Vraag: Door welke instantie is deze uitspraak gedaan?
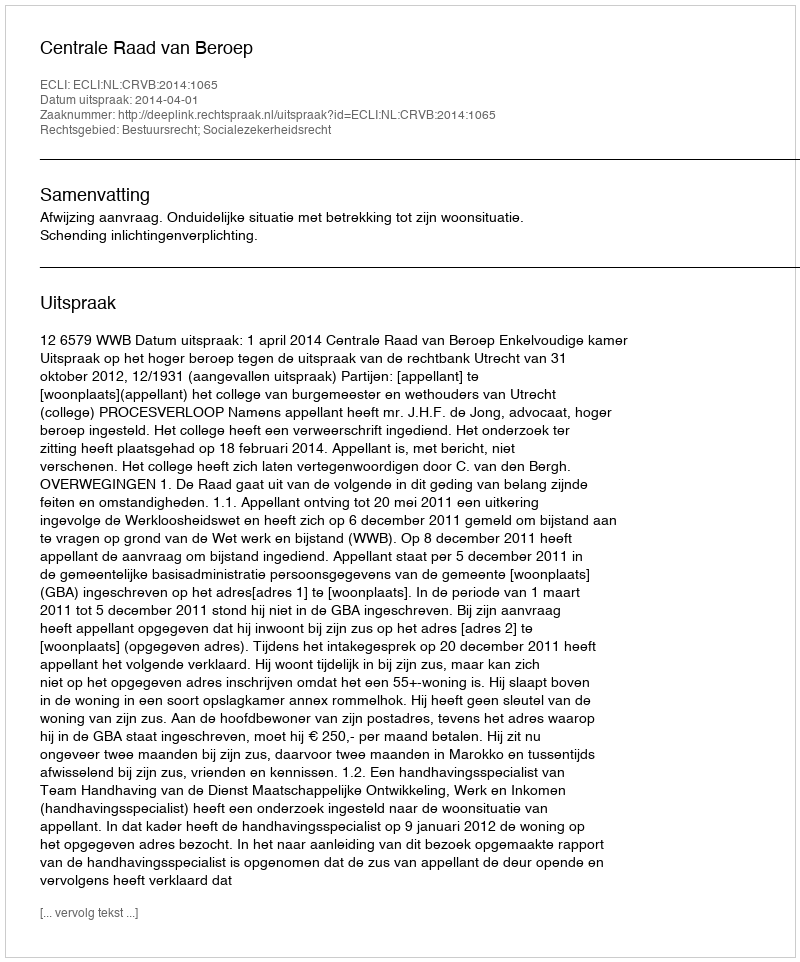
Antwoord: Centrale Raad van Beroep